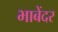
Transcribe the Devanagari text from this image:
भाबेंदर